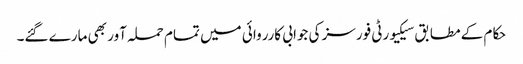
حکام کے مطابق سیکیورٹی فورسز کی جوابی کارروائی میں تمام حملہ آور بھی مارے گئے۔